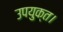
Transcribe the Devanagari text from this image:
उपयुक्त।